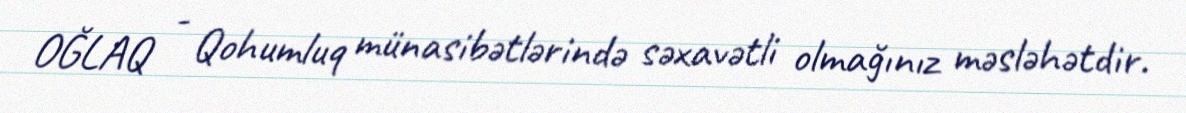
OĞLAQ - Qohumluq münasibətlərində səxavətli olmağınız məsləhətdir.